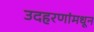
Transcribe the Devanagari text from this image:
उदहरणांमधून